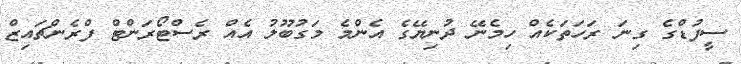
ސީފުޑްގެ ގިނަ ރަހަތަކެއް ހިމެނޭ ދުނިޔޭގެ އެންމެ މަގުބޫލު އެއް ރެސްޓޯރަންޓް ފްރެންޗައިޒް